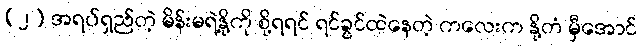
(၂) အရပ်ရှည်တဲ့ မိန်းမရဲ့နို့ကို စို့ရရင် ရင်ခွင်ထဲနေတဲ့ ကလေးက နို့တံ မှီအောင်